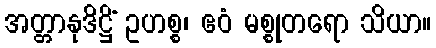
အတ္တာနုဒိဋ္ဌိံ ဥဟစ္စ၊ ဧဝံ မစ္စုတရော သိယာ။